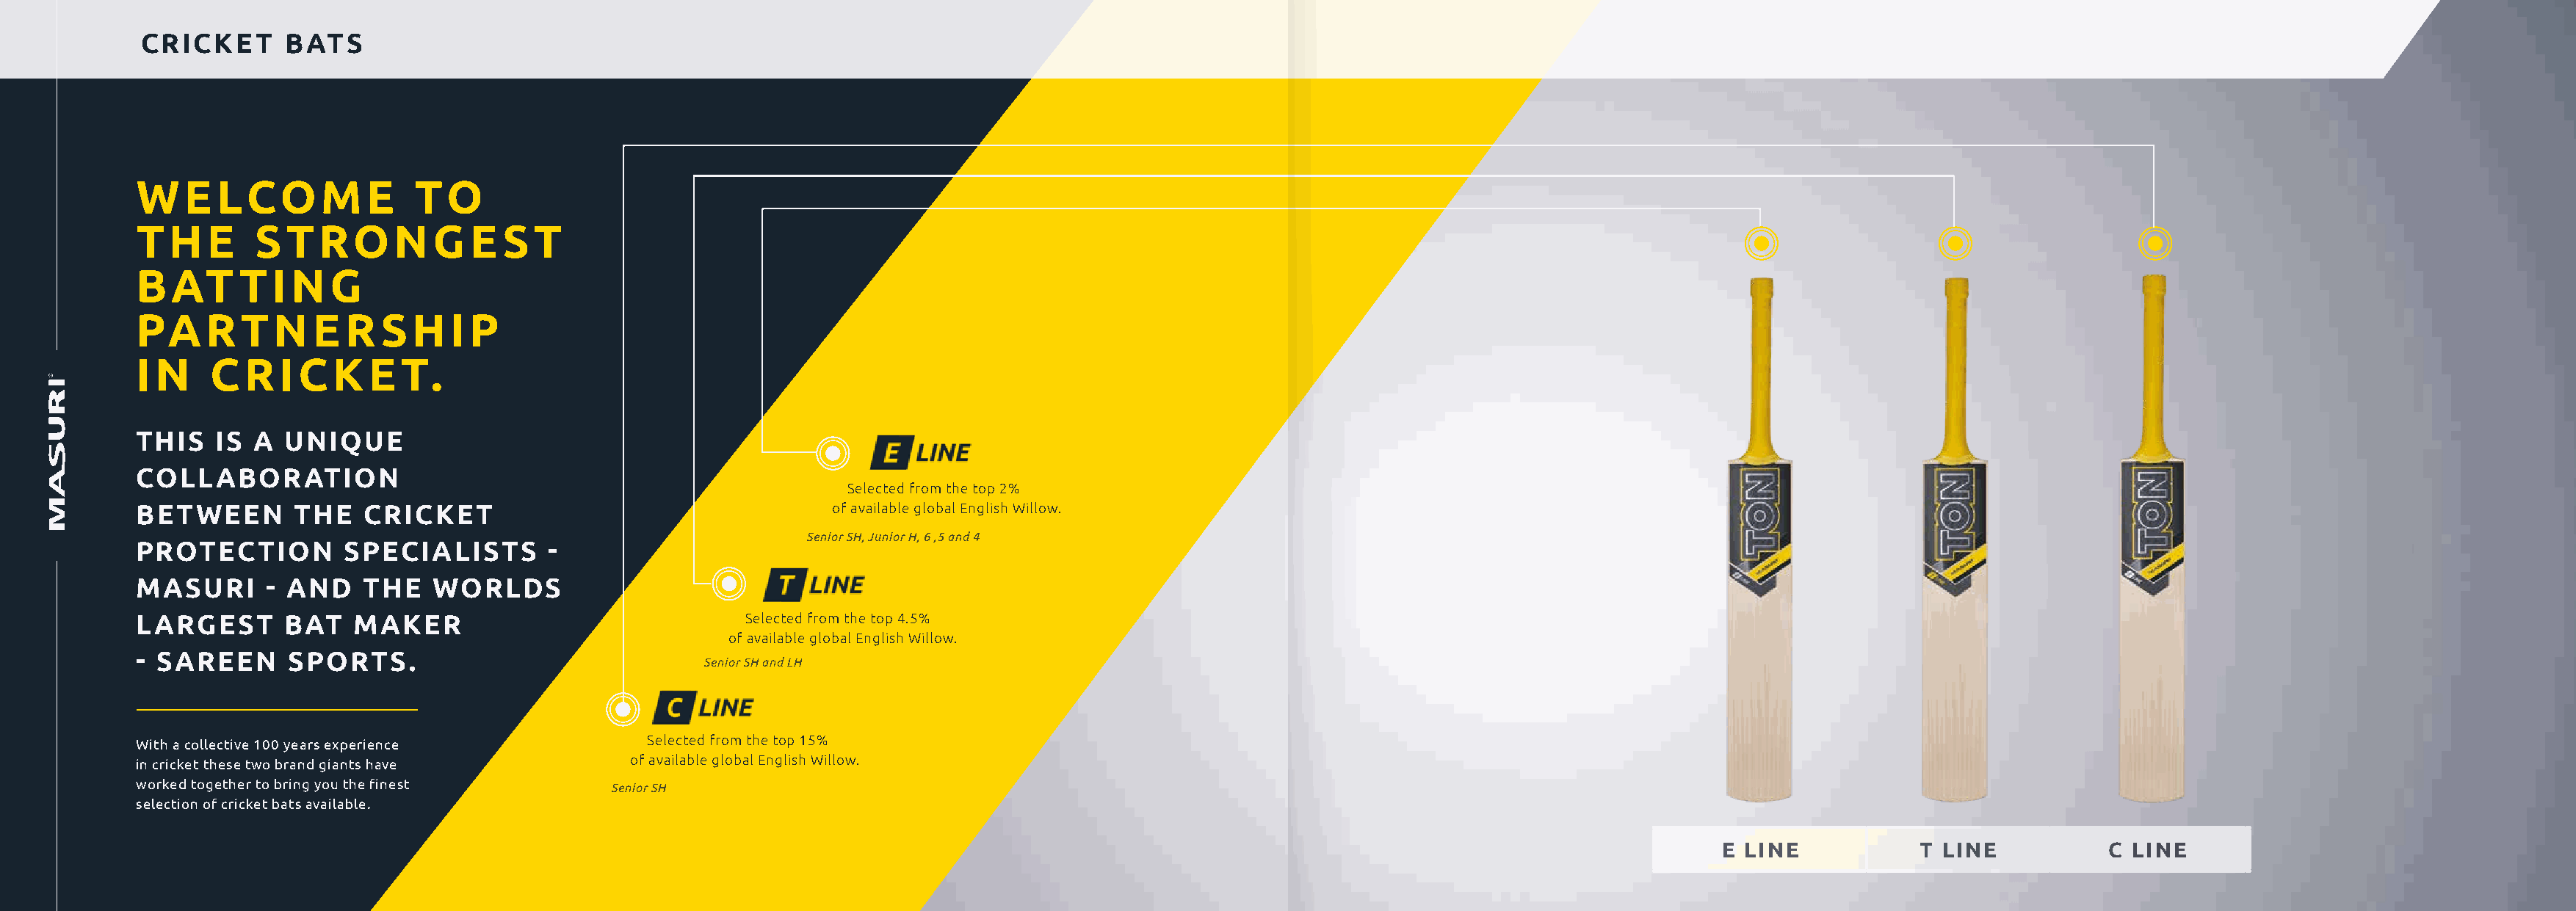
HCARNICDK/EWTR BISATT PSROTECTION
 WE      LCOM         E   TO
 THE        STRONG             E  ST
 BAT       TING
 PARTNE             R  SHIP
 IN     CRICKE           T.
 THIS   IS  A  UNIQUE
 COLLABORATION
 Selected from the top 2%
 BETWEEN        THE   CRICKET                                   of available global English Willow.
 Senior SH, Junior H, 6 ,5 and 4
 PROTECTION         SPECIALISTS       -
 MASURI      - AND    THE   WORLDS
 LARGEST       BAT   MAKER                              Selected from the top 4.5%
 of available global English Willow.
 - SAREEN      SPORTS.
 Senior SH and LH
 With a collective 100 years experience        Selected from the top 15%
 in cricket these two brand giants have       of available global English Willow.
 worked together to bring you the finest    Senior SH
 selection of cricket bats available.
 E LINE            T LINE           C LINE